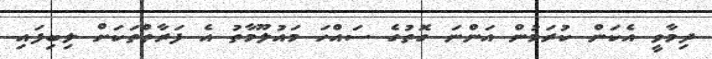
ދިމާވީ އެކަން ކުރަމުން އަންނަ ގޮތުގެ ސައްހަ މައުލޫމާތު އެ ފަރާތްތަކަށް ލިބިފައި